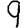
Digit: 9